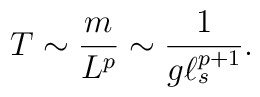
T \sim \frac{m}{L^p} \sim \frac{1}{g \ell_s^{p+1}}.